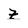
Character: Z